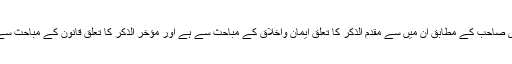
غامدی صاحب کے مطابق ان میں سے مقدم الذکر کا تعلق ایمان واخلاق کے مباحث سے ہے اور مؤخر الذکر کا تعلق قانون کے مباحث سے ہے۔